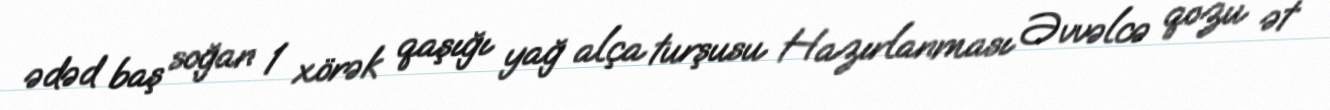
ədəd baş soğan 1 xörək qaşığı yağ alça turşusu Hazırlanması Əvvəlcə qozu ət